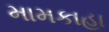
મામકાહા